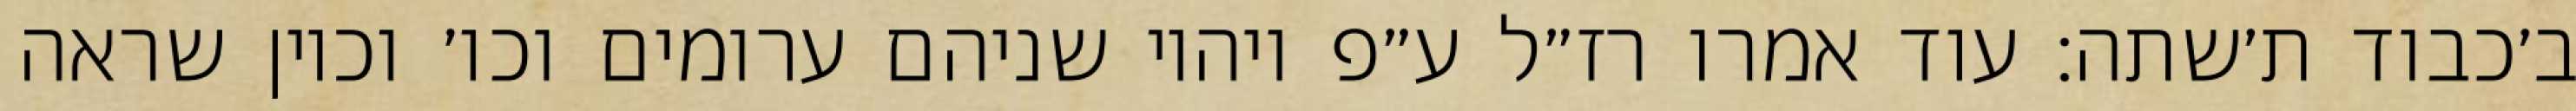
ב׳כבוד ת׳שתה: עוד אמרו רז״ל ע״פ ויהיו שניהם ערומים וכו׳ וכיון שראה